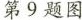
第9题图